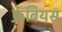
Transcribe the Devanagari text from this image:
फ़ेबियस